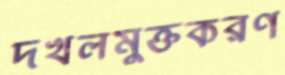
দখলমুক্তকরণ